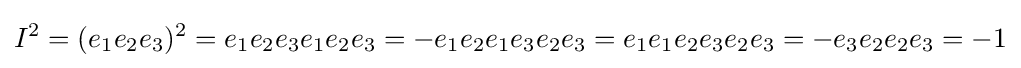
I^{2}=(e_{1}e_{2}e_{3})^{2}=e_{1}e_{2}e_{3}e_{1}e_{2}e_{3}=-e_{1}e_{2}e_{1}e_{3}e_{2}e_{3}=e_{1}e_{1}e_{2}e_{3}e_{2}e_{3}=-e_{3}e_{2}e_{2}e_{3}=-1